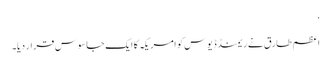
‘
اعظم طارق نے ریمنڈ ڈیوس کو امریکہ کا ایک جاسوس قرار دیا۔